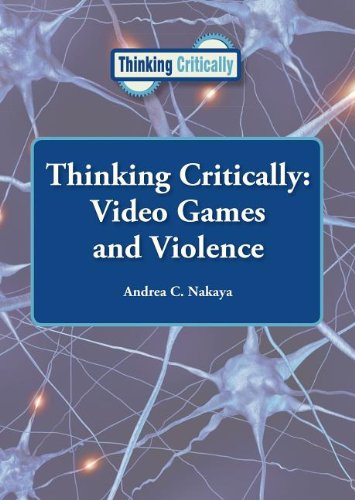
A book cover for Video Games and Violence (Thinking Critically); Andrea C. Nakaya; Medical Books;